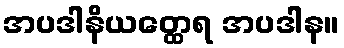
အပဒါနိယတ္ထေရ အပဒါန။